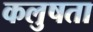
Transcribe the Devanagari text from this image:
कलुषता